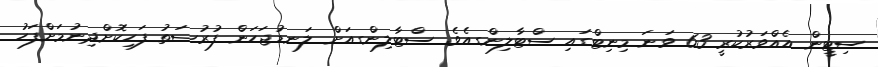
ސިޓީން އެއްވަރުކުރީ 63 ވަނަ މިނިޓްގައި ސްޓާލިންގއެވެ. ސްޓާލިންގއަށް ލަނޑުޖަހަން ފުރުޞަތު ފަހިކޮށްދިނުމަށްފަހު